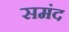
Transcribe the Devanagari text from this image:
समंद